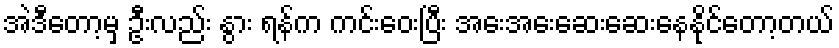
အဲဒီတော့မှ ဦးလည်း နွား ရန်က ကင်းဝေးပြီး အေးအေးဆေးဆေးနေနိုင်တော့တယ်